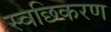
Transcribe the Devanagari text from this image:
स्वछिकरण